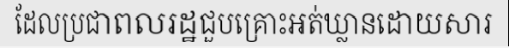
ដែលប្រជាពលរដ្ឋជួបគ្រោះអត់ឃ្លានដោយសារ